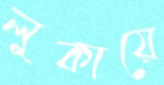
লুকায়ে